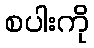
စပါးကို